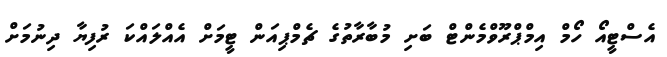
އެސްޓީއޯ ހޯމް އިމްޕްރޫވްމެންޓް ބަށި މުބާރާތުގެ ޗެމްޕިއަން ޓީމަށް އެއްލައްކަ ރުފިޔާ ދިނުމަށް